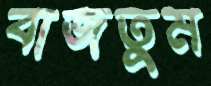
বাজতুম